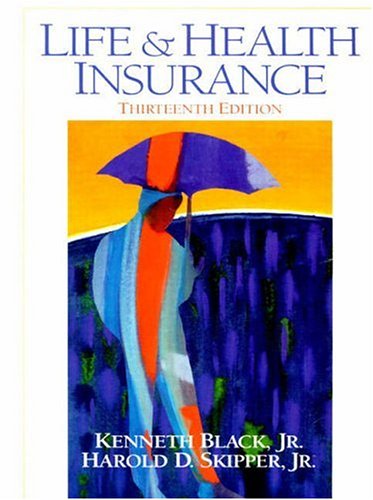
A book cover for Life and Health Insurance, 13th Edition; Kenneth Black Jr.; Business & Money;